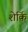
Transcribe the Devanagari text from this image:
शेर्कि